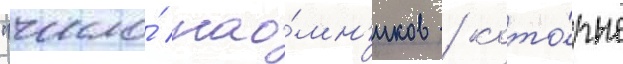
"число́ нао́мн'иков / кото́рые